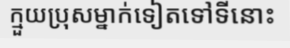
ក្មួយប្រុសម្នាក់ទៀតទៅទីនោះ